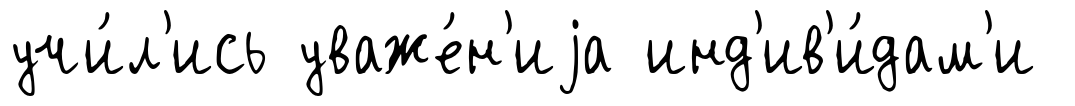
учи́л'ись уваже́н'иjа инд'ив'и́дам'и